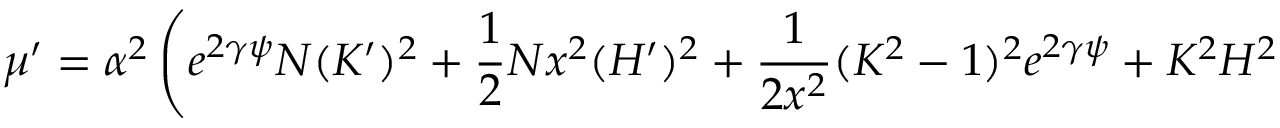
\mu ^ { \prime } = \alpha ^ { 2 } \left( e ^ { 2 \gamma \psi } N ( K ^ { \prime } ) ^ { 2 } + \frac { 1 } { 2 } N x ^ { 2 } ( H ^ { \prime } ) ^ { 2 } + \frac { 1 } { 2 x ^ { 2 } } ( K ^ { 2 } - 1 ) ^ { 2 } e ^ { 2 \gamma \psi } + K ^ { 2 } H ^ { 2 } \right. \, \nonumber